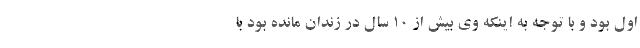
اول بود و با توجه به اینکه وی بیش از ۱۰ سال در زندان مانده بود با